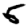
Digit: 5